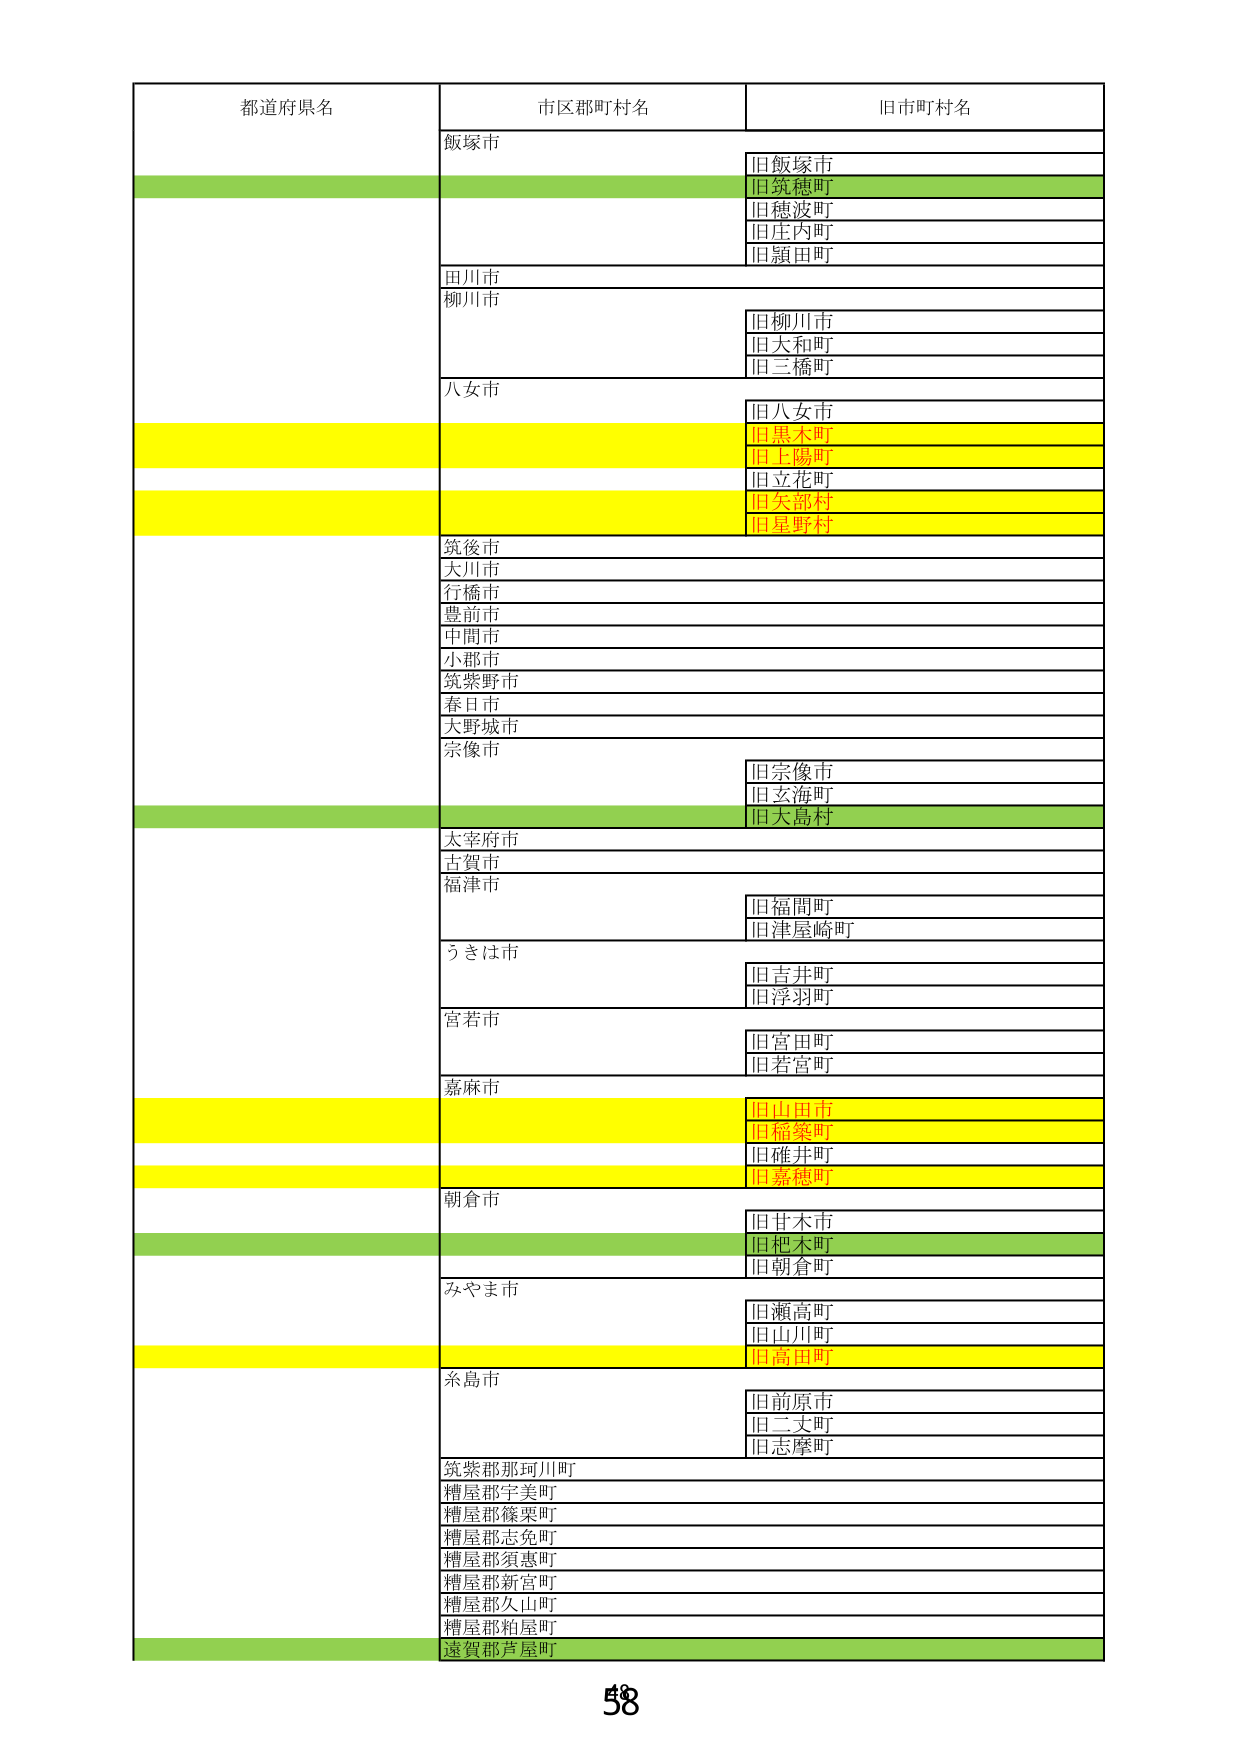
都道府県名
市区郡町村名
旧市町村名
飯塚市
旧飯塚市
旧筑穂町
旧穂波町
旧庄内町
旧顔田町
田川市
柳川市
旧柳川市
旧大和町
旧三橋町
八女市
旧八女市
旧黒木町
旧上陽町
旧立花町
旧矢部村
旧星野村
筑後市
大川市
行橋市
豊前市
中間市
小郡市
筑紫野市
春日市
大野城市
宗像市
旧宗像市
旧玄海町
旧大島村
太宰府市
古賀市
福津市
旧福間町
旧津屋崎町
うきは市
旧吉井町
旧浮羽町
宮若市
旧宮田町
旧若宮町
嘉麻市
旧山田市
旧稲築町
旧確井町
旧嘉穂町
朝倉市
旧甘木町
旧杷木町
旧朝倉町
みやま市
旧瀬高町
旧山川町
旧高田町
糸島市
旧前原市
旧二丈町
旧志摩町
筑紫郡那珂川町
糟屋郡宇美町
糟屋郡篠栗町
糟屋郡志免町
糟屋郡須恵町
糟屋郡新宮町
糟屋郡久山町
糟屋郡粕屋町
遠賀郡芦屋町
58